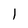
Character: l